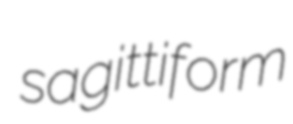
sagittiform